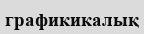
графикикалық